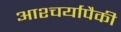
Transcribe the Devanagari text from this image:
आश्चर्यापैकी